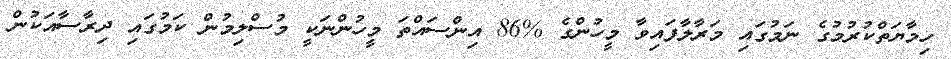
ހިމާޔަތްކުރުުމުގެ ނަމުގައި މަރާލާފައިވާ މީހުންގެ %86 އިންސައްތަ މީހުންނަކީ މުސްލިމުން ކަމުގައި ދިރާސާއަކުން